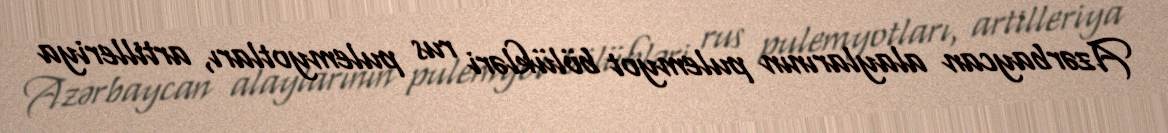
Azərbaycan alaylarının pulemyot bölükləri rus pulemyotları, artilleriya